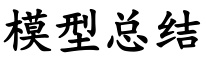
模型总结